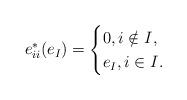
LaTeX: \begin{align*}e_{ii}^{*}(e_I)=\begin{cases}0, i \notin I,\\e_I, i \in I.\end{cases}\end{align*}